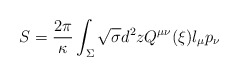
\begin{align*}S={2\pi \over \kappa} \int_{\Sigma} \sqrt{\sigma}d^2zQ^{\mu\nu}(\xi) l_\mu p_\nu\end{align*}